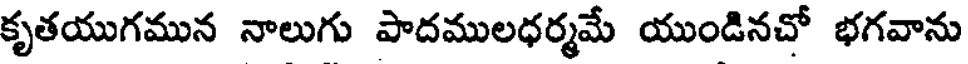
కృతయుగమున నాలుగు పాదములధర్మమే యుండినచో భగవాను